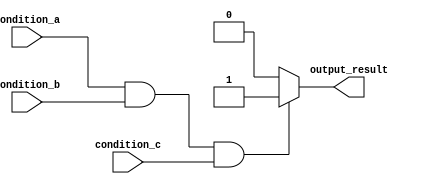
module if_else_statement (
    input wire condition_a,
    input wire condition_b,
    input wire condition_c,
    output reg output_result
);

always @ (*) begin
    if (condition_a && condition_b && condition_c) begin
        // Code for if block
        output_result = 1; // If all conditions are true
    end
    else begin
        // Code for else block
        output_result = 0; // If any condition is false
    end
end

endmodule